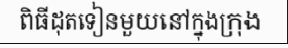
ពិធីដុតទៀនមួយនៅក្នុងក្រុង